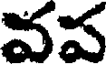
వప